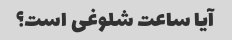
آیا ساعت شلوغی است؟